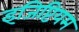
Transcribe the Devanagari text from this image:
इजिप्टियम